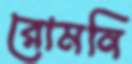
রোমনি